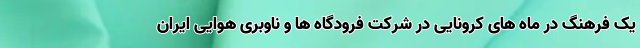
یک فرهنگ در ماه های کرونایی در شرکت فرودگاه ها و ناوبری هوایی ایران